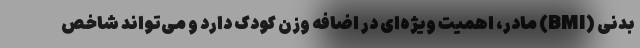
بدنی (BMI) مادر، اهمیت ویژه‌ای در اضافه وزن کودک دارد و می‌تواند شاخص